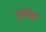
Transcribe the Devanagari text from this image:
युतीवर